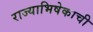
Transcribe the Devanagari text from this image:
राज्याभिषेकाची